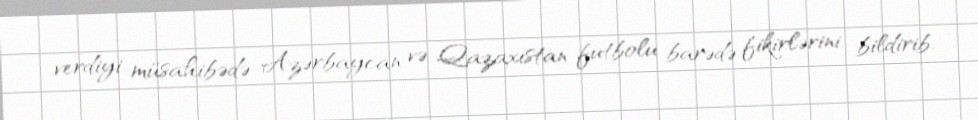
verdiyi müsahibədə Azərbaycan və Qazaxıstan futbolu barədə fikirlərini bildirib.